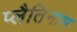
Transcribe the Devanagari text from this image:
प्लैतिनाम